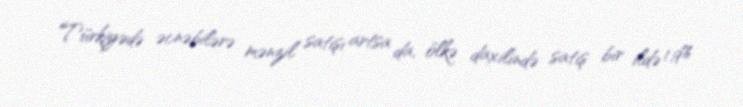
Türkiyədə əcnəbilərə mənzil satışı artsa da, ölkə daxilində satış bir ildə 1,9%